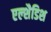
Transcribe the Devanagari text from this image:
एल्शैडिश